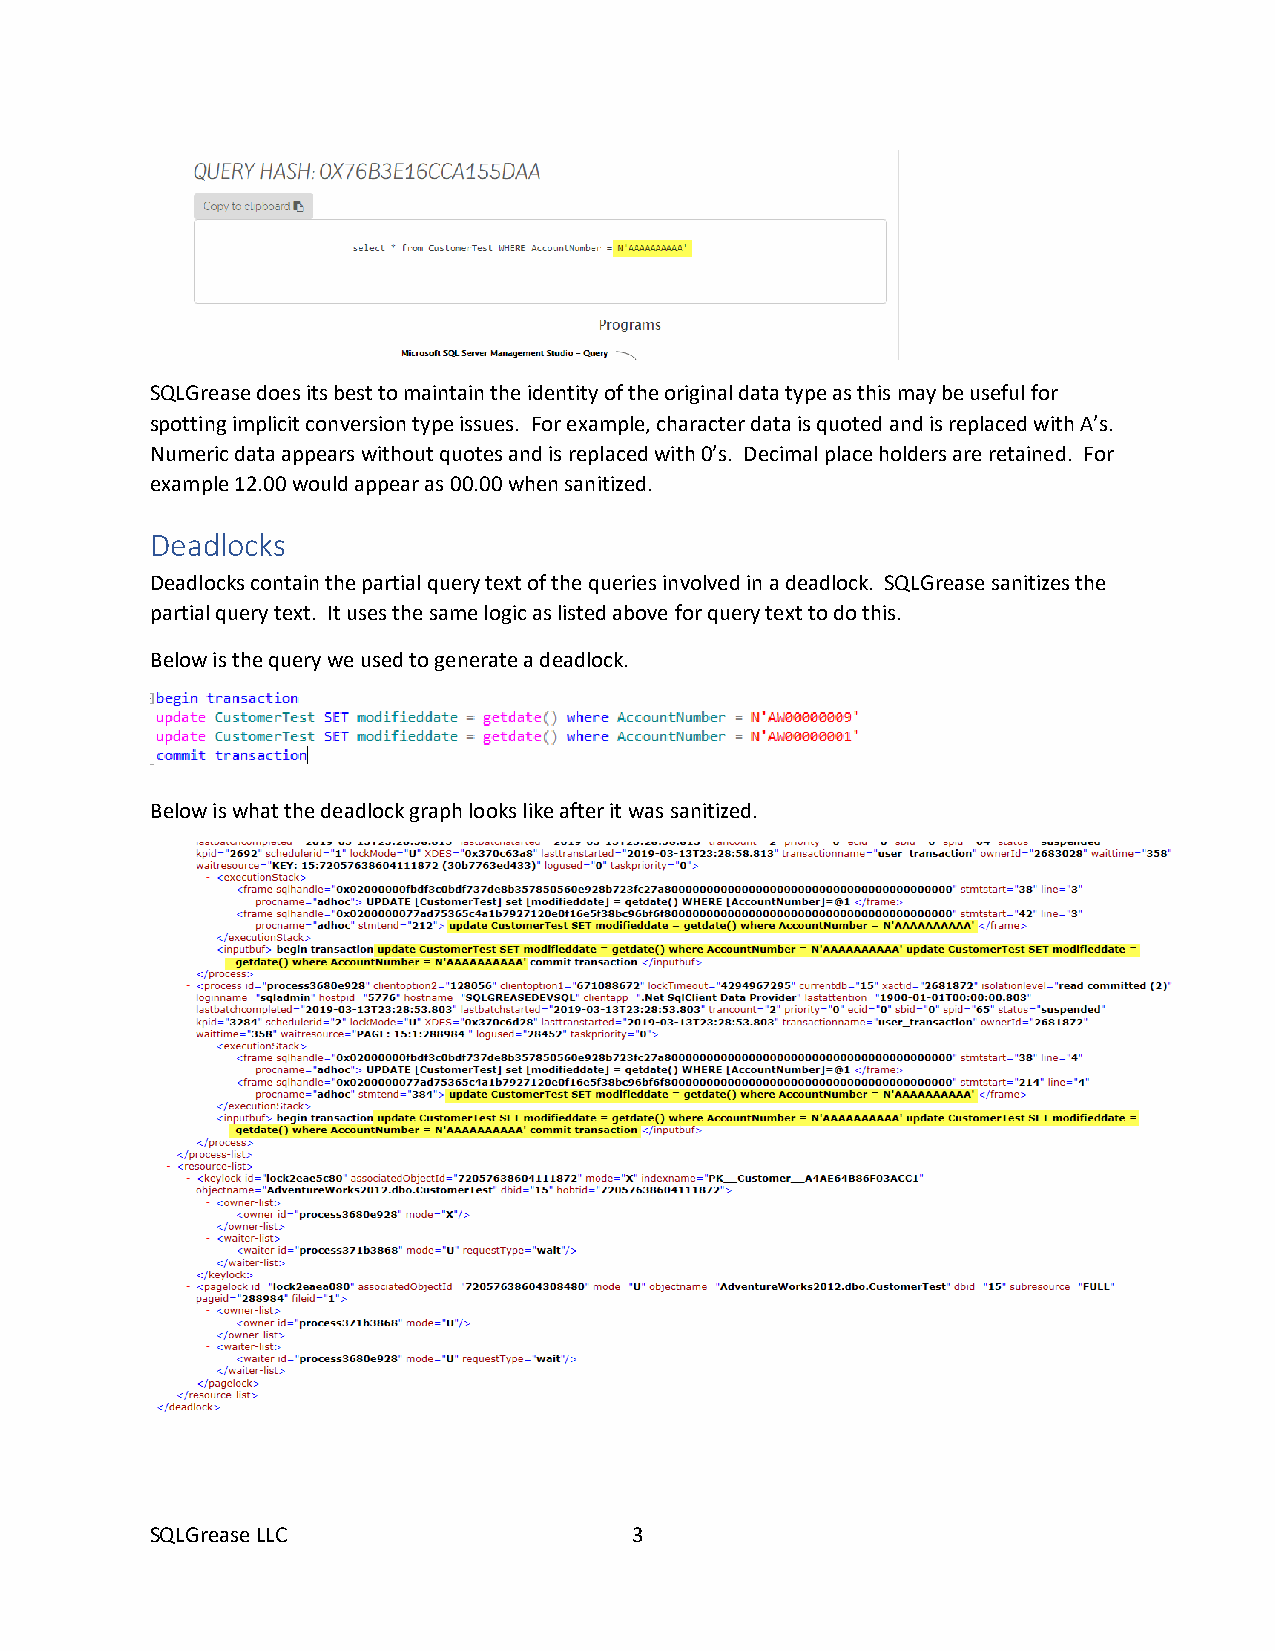
SQLGrease does its best to maintain the identity of the original data type as this may be useful for
 spotting implicit conversion type issues. For example, character data is quoted and is replaced with A’s.
 Numeric data appears without quotes and is replaced with 0’s. Decimal place holders are retained. For
 example 12.00 would appear as 00.00 when sanitized.
 Deadlocks
 Deadlocks contain the partial query text of the queries involved in a deadlock. SQLGrease sanitizes the
 partial query text. It uses the same logic as listed above for query text to do this.
 Below is the query we used to generate a deadlock.
 Below is what the deadlock graph looks like after it was sanitized.
 SQLGrease LLC                   3